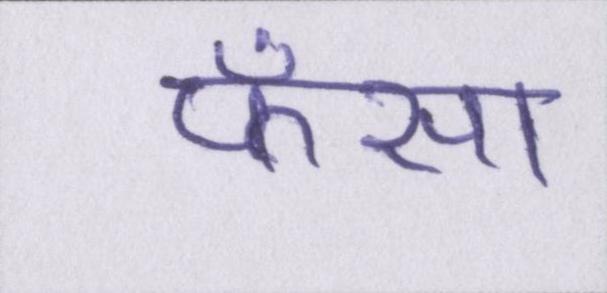
फँसा